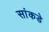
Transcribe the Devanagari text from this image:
सांकडे